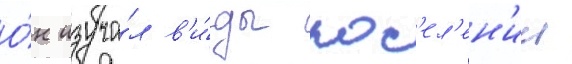
О́н изуча́л в'и́ды пос'ел'ен'ии